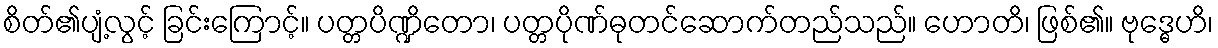
စိတ်၏ပျံ့လွင့် ခြင်းကြောင့်။ ပတ္တပိဏ္ဍိတော၊ ပတ္တပိုဏ်ဓုတင်ဆောက်တည်သည်။ ဟောတိ၊ ဖြစ်၏။ ဗုဒ္ဓေဟိ၊